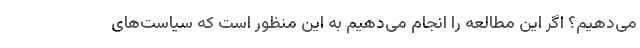
می‌دهیم؟ اگر این مطالعه را انجام می‌دهیم به این منظور است که سیاست‌های